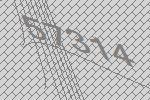
57314